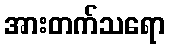
အားတက်သရော